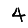
Digit: 4